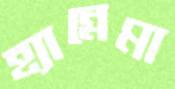
হ্যান্নেমা